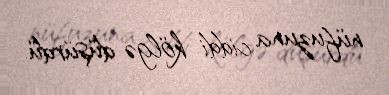
nüfuzuna ciddi kölgə düşürdü.